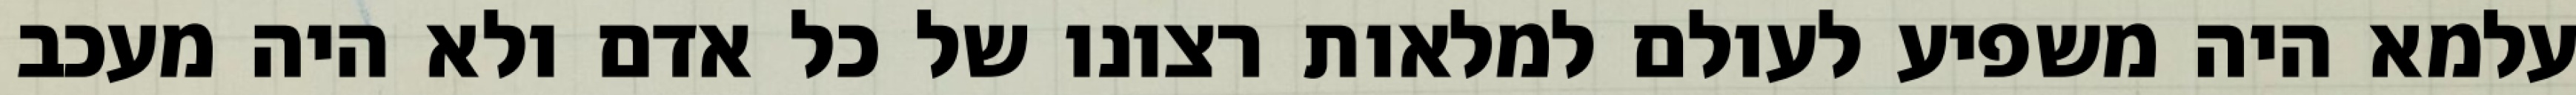
עלמא היה משפיע לעולם למלאות רצונו של כל אדם ולא היה מעכב